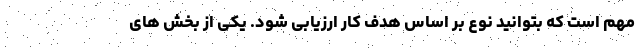
مهم است که بتوانید نوع بر اساس هدف کار ارزیابی شود. یکی از بخش های